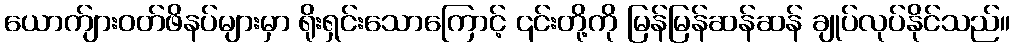
ယောက်ျားဝတ်ဖိနပ်များမှာ ရိုးရှင်းသောကြောင့် ၎င်းတို့ကို မြန်မြန်ဆန်ဆန် ချုပ်လုပ်နိုင်သည်။